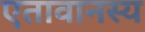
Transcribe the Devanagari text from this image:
एतावानस्य